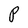
Character: P